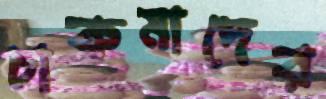
চাকমাদের